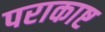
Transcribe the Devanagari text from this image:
पराकाष्ट